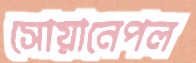
সোয়ানেপল